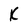
Character: k